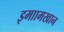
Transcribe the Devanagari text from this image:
इमाामखान